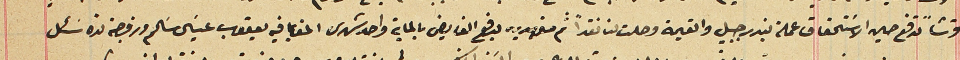
قرشاً تدفع حين الاستحقاق عملة بندر جبيل والقيمة وصلت لنا نقداً ثم متعهدين بدفع الفايض بالماية واحد شهرى الحق بما فيه يعقوب عيسَى سَالم وزوجته نده سَئل